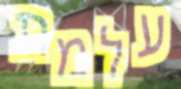
עלמת